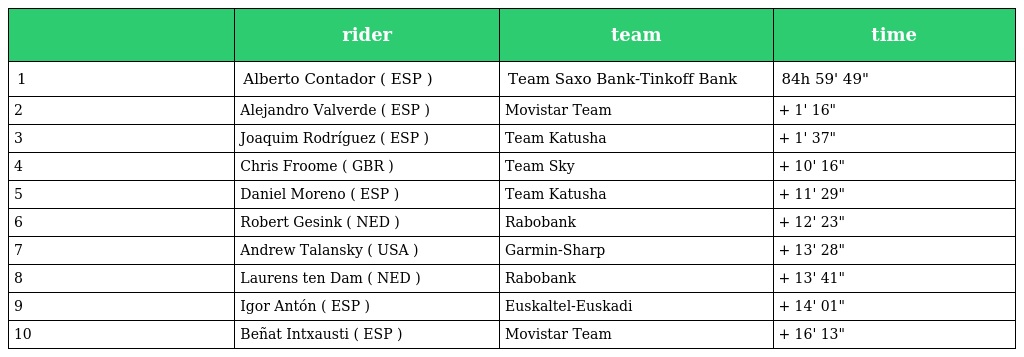
|  | rider | team | time |
 | --- | --- | --- | --- |
 | 1 | Alberto Contador ( ESP ) | Team Saxo Bank-Tinkoff Bank | 84h 59' 49" |
 | 2 | Alejandro Valverde ( ESP ) | Movistar Team | + 1' 16" |
 | 3 | Joaquim Rodríguez ( ESP ) | Team Katusha | + 1' 37" |
 | 4 | Chris Froome ( GBR ) | Team Sky | + 10' 16" |
 | 5 | Daniel Moreno ( ESP ) | Team Katusha | + 11' 29" |
 | 6 | Robert Gesink ( NED ) | Rabobank | + 12' 23" |
 | 7 | Andrew Talansky ( USA ) | Garmin-Sharp | + 13' 28" |
 | 8 | Laurens ten Dam ( NED ) | Rabobank | + 13' 41" |
 | 9 | Igor Antón ( ESP ) | Euskaltel-Euskadi | + 14' 01" |
 | 10 | Beñat Intxausti ( ESP ) | Movistar Team | + 16' 13" |